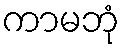
ကာမဘုံ